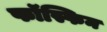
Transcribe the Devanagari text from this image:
फॉस्फिन